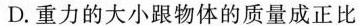
D.重力的大小跟物体的质量成正比